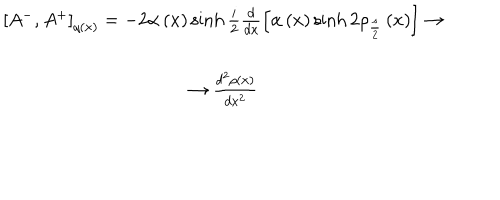
\begin{array} { c } { { \left[ A ^ { - } , A ^ { + } \right] _ { q \left( x \right) } = - 2 \alpha \left( x \right) \sinh \frac { i } { 2 } \frac { d } { d x } \left[ \alpha \left( x \right) \sinh 2 \rho _ { \frac { s } { 2 } } \left( x \right) \right] \rightarrow } } \\ { { \rightarrow \frac { d ^ { 2 } \rho \left( x \right) } { d x ^ { 2 } } } } \\ \end{array}